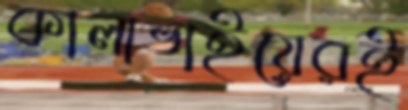
কালাভাইয়েরই